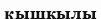
қышкылы